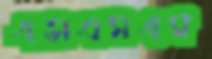
এসএমএম